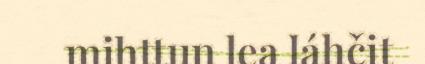
mihttun lea láhčit